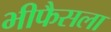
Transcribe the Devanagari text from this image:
भीफैसला